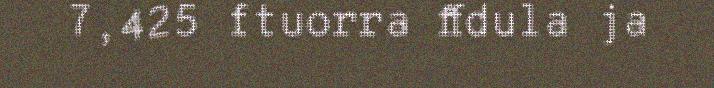
7,425 ftuorra ffdula ja